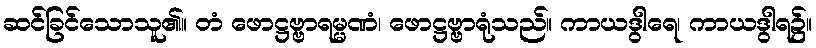
ဆင်ခြင်သောသူ၏။ တံ ဖောဋ္ဌဗ္ဗာရမ္မဏံ၊ ဖောဋ္ဌဗ္ဗာရုံသည်။ ကာယဒွါရေ၊ ကာယဒွါရ၌။